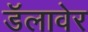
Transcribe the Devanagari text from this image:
डॅलावेर